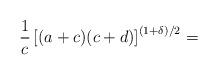
LaTeX: \begin{align*}\frac{1}{c}\left[(a+c)(c+d)\right]^{(1+\delta)/2}=\end{align*}